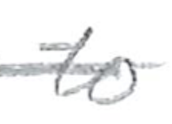
Text: to
Cross-out: single-line
Writing tool: pencil